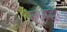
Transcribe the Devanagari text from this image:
जनश्रद्धा